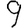
Digit: 9